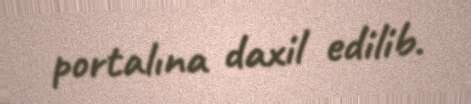
portalına daxil edilib.